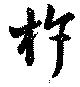
杵